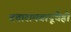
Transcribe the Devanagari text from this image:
दत्तारामबापूंचेही